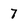
Character: 7